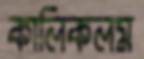
কালিকলম